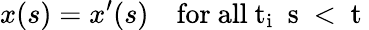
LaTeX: x(s)=x^{\prime}(s)\quad\mathrm{for~all~t_{i}~\le~s~<~t~}